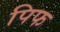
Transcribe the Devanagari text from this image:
पिफ